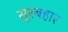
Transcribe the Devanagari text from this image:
सूरबहार